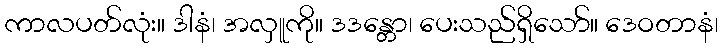
ကာလပတ်လုံး။ ဒါနံ၊ အလှူကို။ ဒဒန္တော၊ ပေးသည်ရှိသော်။ ဒေဝတာနံ၊